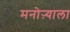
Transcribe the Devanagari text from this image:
मनोऱ्याला